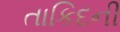
તાકિદની